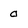
Character: a